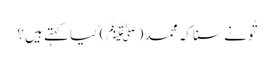
تُونے سنا کہ محمد (ﷺ) کیا کہتے ہیں؟